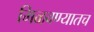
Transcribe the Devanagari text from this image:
मिळवण्यातच